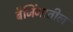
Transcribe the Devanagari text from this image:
बैजिंगातील